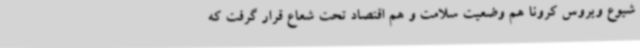
شیوع ویروس کرونا هم وضعیت سلامت و هم اقتصاد تحت شعاع قرار گرفت که